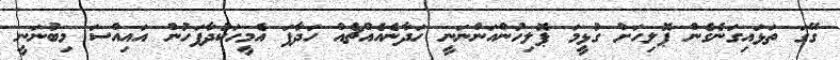
ގޭގަ ތަޅައިގަނެގެން ޕޮލިހަށް ގުޅީމަ ޕޮލިހުންއަންނަނީ ހަދާނެއެއްޗެއް ހަދާފަ އެމީހަކުދާފަހުން އައިއްސަ މިބުނަނީ